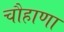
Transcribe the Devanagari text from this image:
चौहाणा